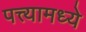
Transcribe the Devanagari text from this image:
पत्त्यामध्ये